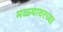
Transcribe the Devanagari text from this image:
मळ्यावरच्या